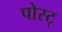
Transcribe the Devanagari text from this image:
पोस्ट्